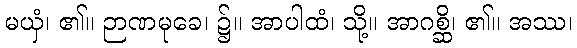
မယှံ၊ ၏။ ဉာဏမုခေ၊ ၌။ အာပါထံ၊ သို့။ အာဂစ္ဆိ၊ ၏။ အဿ၊